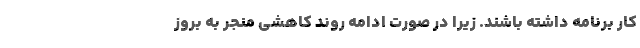
کار برنامه داشته باشند. زیرا در صورت ادامه روند کاهشی منجر به بروز